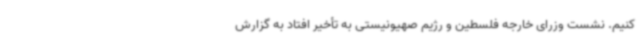
کنیم. نشست وزرای خارجه فلسطین و رژیم صهیونیستی به تأخیر افتاد به گزارش